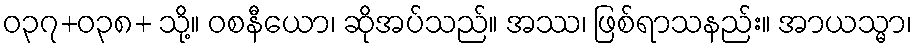
ဝ၃၇+၀၃၈+ သို့။ ဝစနီယော၊ ဆိုအပ်သည်။ အဿ၊ ဖြစ်ရာသနည်း။ အာယသ္မာ၊